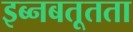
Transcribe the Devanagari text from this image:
इब्नबतूतता